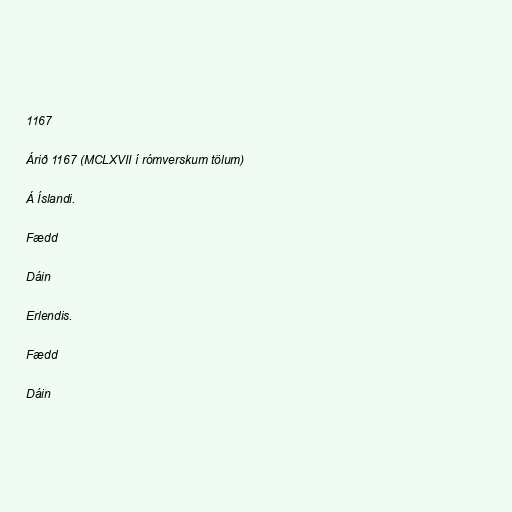
1167

Árið 1167 (MCLXVII í rómverskum tölum)

Á Íslandi.

Fædd

Dáin

Erlendis.

Fædd

Dáin